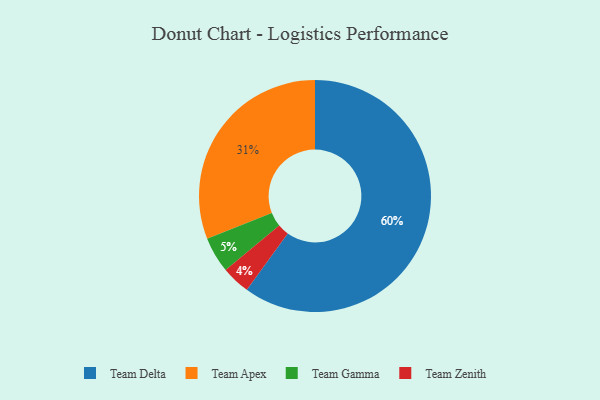
{"axis": {"x": "Category", "y": "Percentage"}, "legend": ["Team Apex", "Team Delta", "Team Gamma", "Team Zenith"], "data": [{"x": "Team Apex", "y": 31, "type": "Team Apex"}, {"x": "Team Delta", "y": 60, "type": "Team Delta"}, {"x": "Team Zenith", "y": 4, "type": "Team Zenith"}, {"x": "Team Gamma", "y": 5, "type": "Team Gamma"}]}